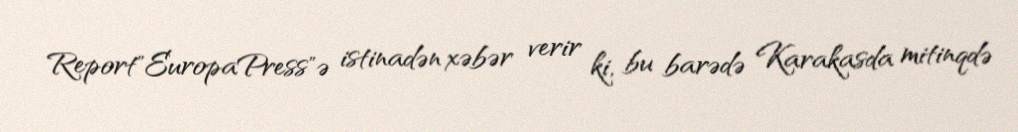
Report"EuropaPress"ə istinadən xəbər verir ki, bu barədə Karakasda mitinqdə